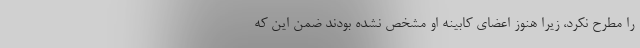
را مطرح نکرد، زیرا هنوز اعضای کابینه او مشخص نشده بودند ضمن این که